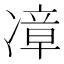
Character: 𪞬